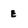
Character: E